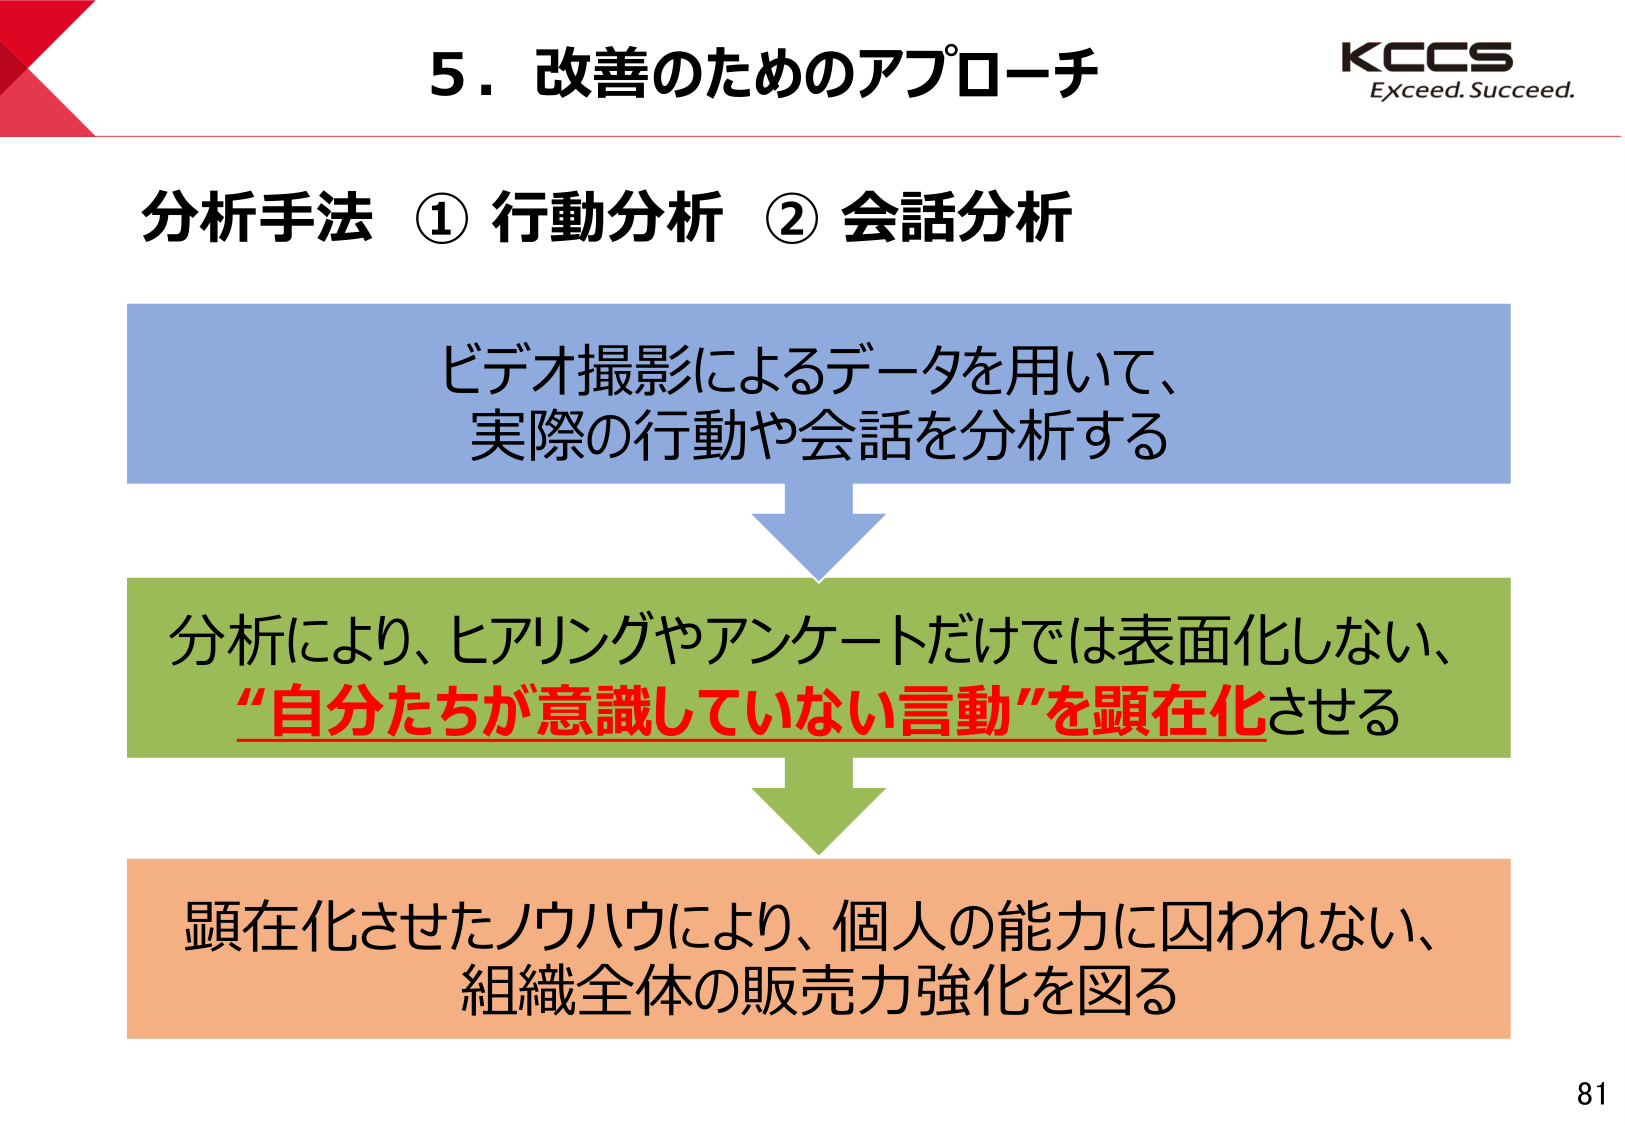
5．改善のためのアプローチ
KCCS
Exceed. Succeed.
分析手法 ① 行動分析 ② 会話分析
ビデオ撮影によるデータを用いて、
実際の行動や会話を分析する
分析により、ヒアリングやアンケートだけでは表面化しない、
“自分たちが意識していない言動”を顕在化させる
顕在化させたノウハウにより、個人の能力に囚われない、
組織全体の販売力強化を図る
81